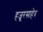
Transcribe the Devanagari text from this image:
हजूरसाहेब